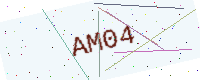
Text: AM04